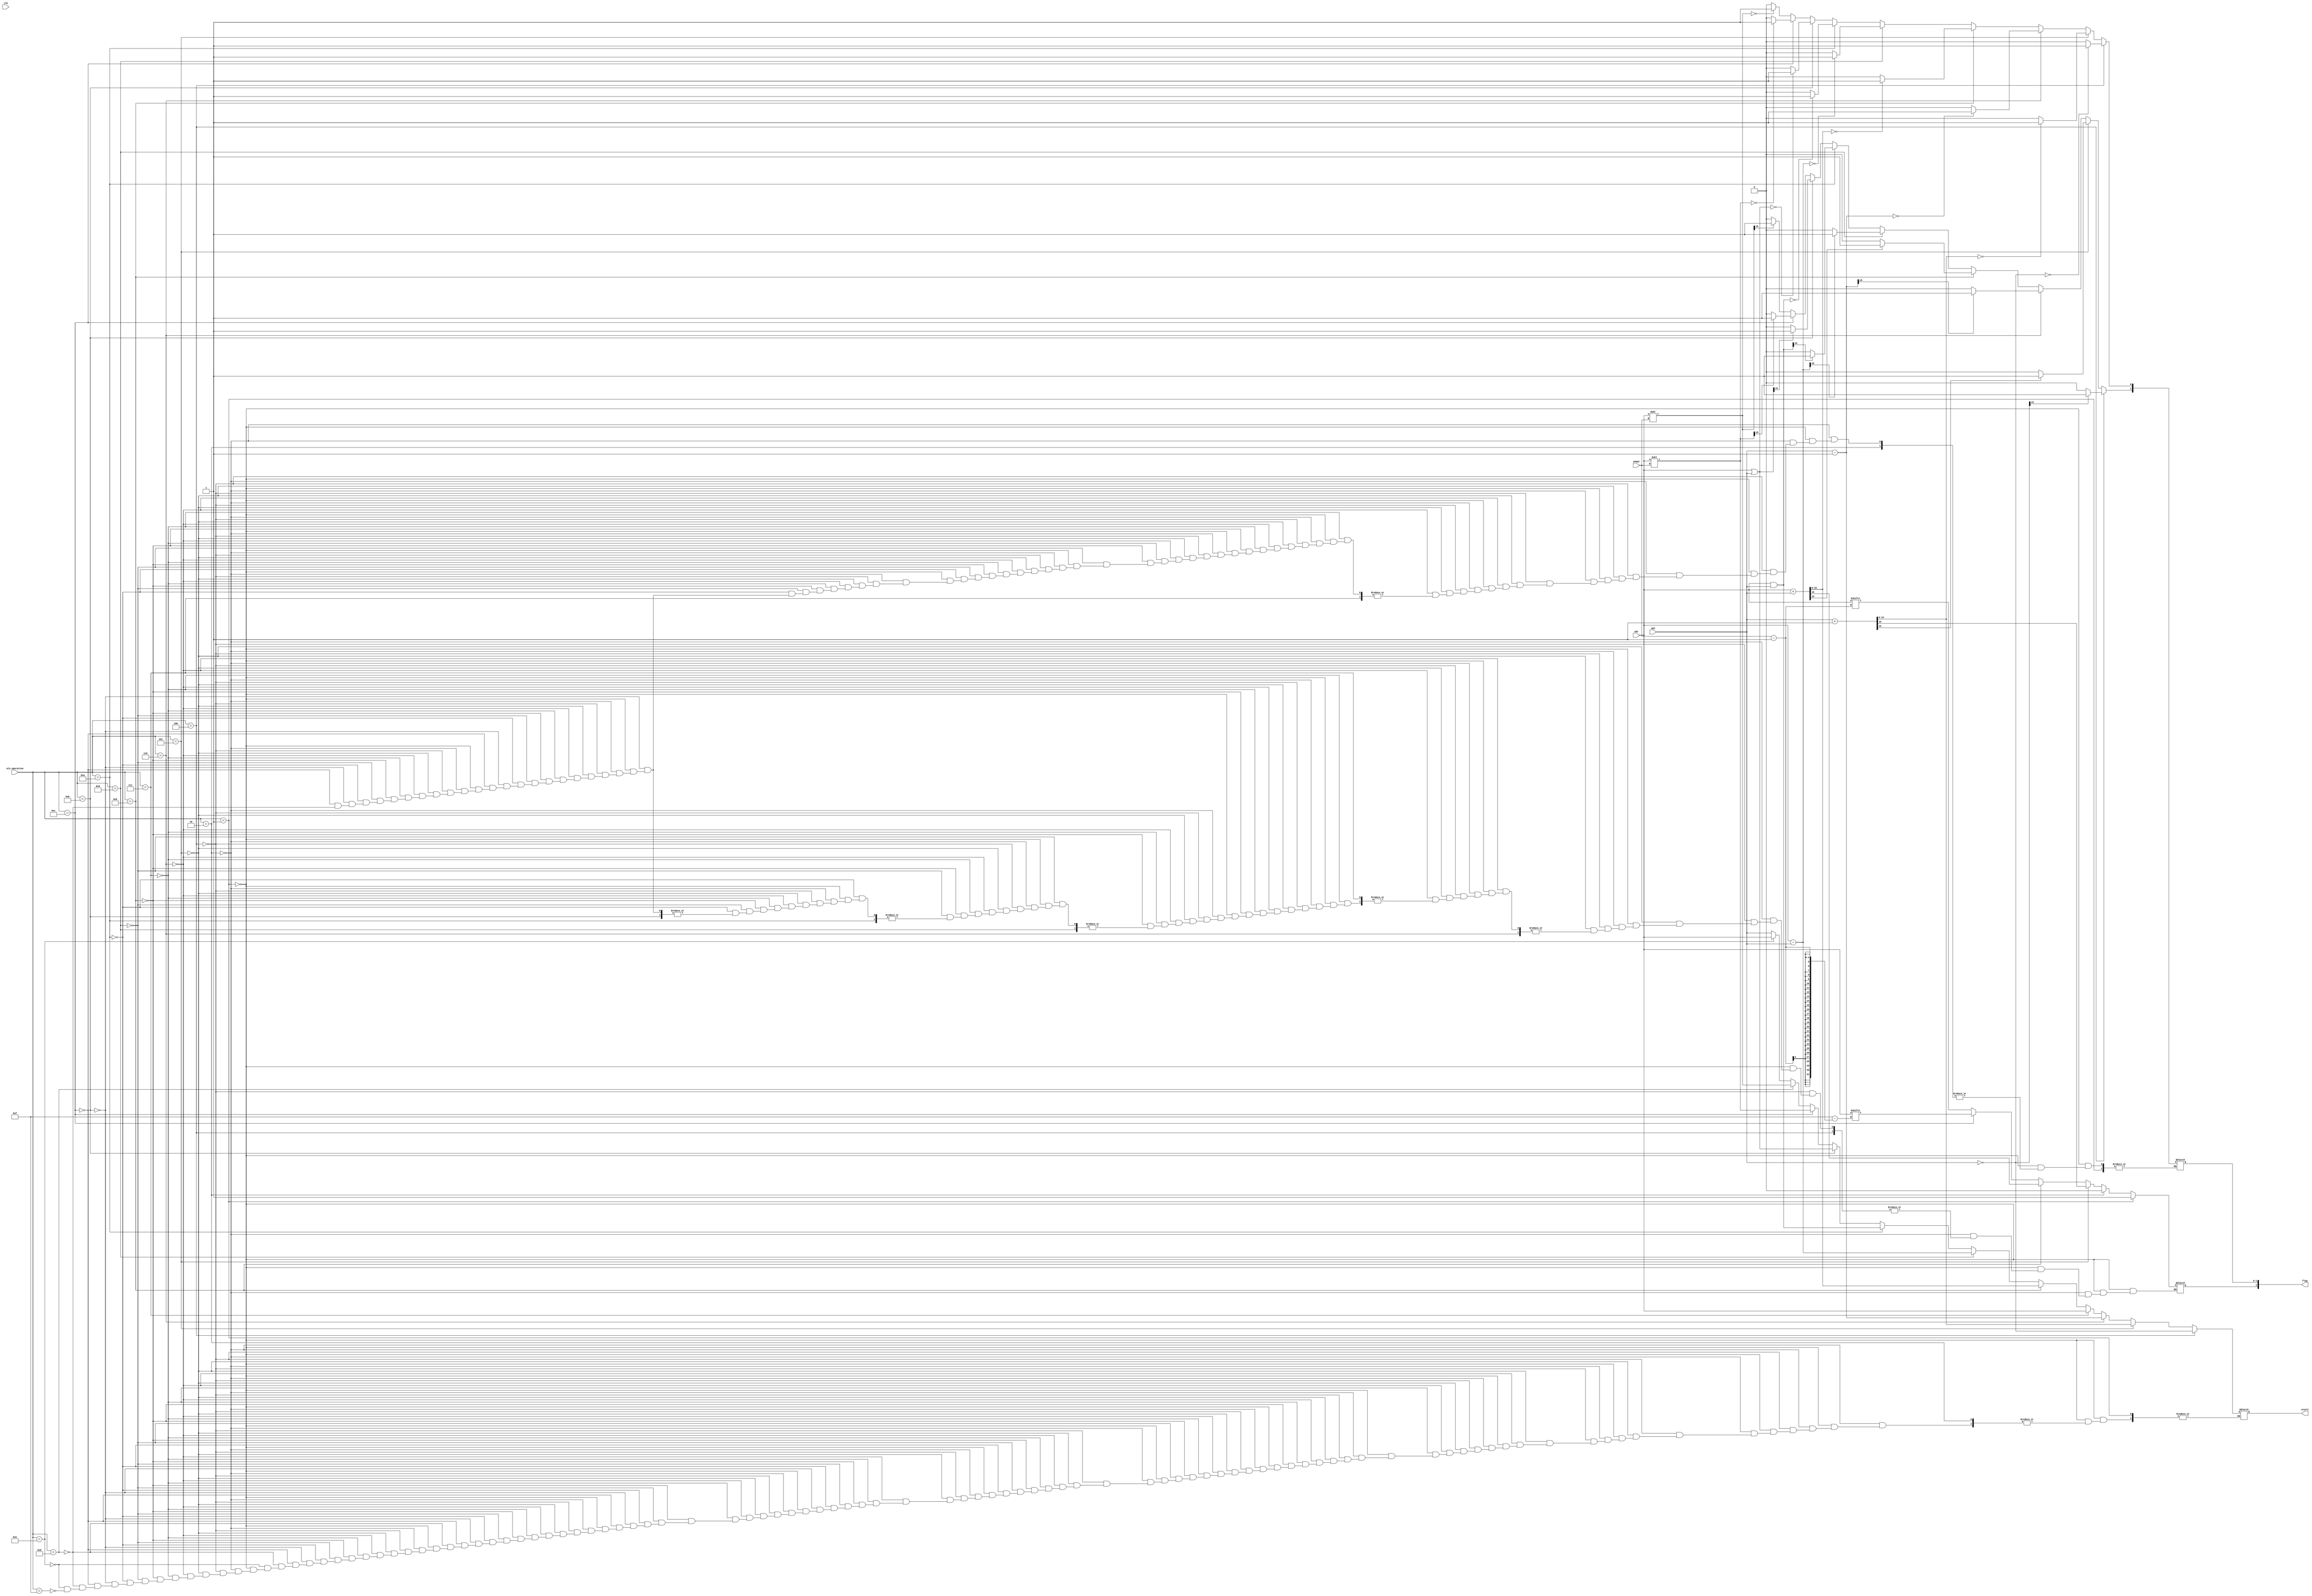


module alu(
    input [15:0] op1,
    input [15:0] op2,
    input [3:0]shamt,
    input [3:0] alu_operation,
    input clk,
    output reg [2:0] flag,//=0,
    output reg [15:0] result
    
    );

// always @(posedge clk)

//we make it * for writing in negative edge in buffer
always @(*)
begin
//------------------------------------- SETC ---------------------------------------//
if(alu_operation==4'b0001)
begin
flag[2] = 1'b1;
end
//------------------------------------- CLRC ---------------------------------------//
else if(alu_operation==4'b0010)
begin
flag[2] = 1'b0;
end
//------------------------------------- NOT ---------------------------------------//
else if(alu_operation==4'b0100)
begin
result= ~op2;

 flag[0]=(result==0)? 1:0;
 flag[1]=(result[15]==1)? 1:0;
end
//------------------------------------- INC ---------------------------------------//
else if(alu_operation==4'b0101)
begin
 {flag[2],result}= op2 + 1 ;
 
  flag[0]=(result==0)? 1:0;
 flag[1]=(result[15]==1)? 1:0;
end
//------------------------------------- DEC ---------------------------------------//
else if(alu_operation==4'b0110)
begin
result= op2 - 1 ;

 flag[0]=(result==0)? 1:0;
 flag[1]=(result[15]==1)? 1:0;
end
//------------------------------------- MOV ---------------------------------------//
else if(alu_operation==4'b0111)
begin
result=op1;
end
//------------------------------------- ADD ---------------------------------------//
else if(alu_operation==4'b1000)
begin
{flag[2],result}= op1 + op2;

 flag[0]=(result==0)? 1:0;
 flag[1]=(result[15]==1)? 1:0;
end
//------------------------------------- SUB ---------------------------------------//
else if(alu_operation==4'b1001)
begin
// result= op2 - op1;
result= op1 - op2 ;

 flag[0]=(result==0)? 1:0;
 flag[1]=(result[15]==1)? 1:0;
end
//------------------------------------- AND ---------------------------------------//
else if(alu_operation==4'b1010)
begin
 result= op1 & op2;
 
  flag[0]=(result==0)? 1:0;
 flag[1]=(result[15]==1)? 1:0;
end
//------------------------------------- OR ---------------------------------------//
else if(alu_operation==4'b1011)
begin
 result = op1 | op2;
 
  flag[0]=(result==0)? 1:0;
 flag[1]=(result[15]==1)? 1:0;
end
//------------------------------------- SHL ---------------------------------------//
else if(alu_operation==4'b1100)
begin
 result= op1 << shamt ;
flag[2]=op1[15-(shamt-1)];

 flag[0]=(result==0)? 1:0;
 flag[1]=(result[15]==1)? 1:0;
end
//------------------------------------- SHR ---------------------------------------//
else if(alu_operation==4'b1101)
begin
 result= op1 >> shamt ;
flag[2]=op1[(shamt-1)];

 flag[0]=(result==0)? 1:0;
 flag[1]=(result[15]==1)? 1:0;
end
// //------------------------------------- IN Or LDD Or STD ---------------------------------------//
else if(alu_operation==4'b1110) 
begin
result = op1 ; //assume op1 has the value of input port
end
//------------------------------------- OUT Or LDM ---------------------------------------//
else if(alu_operation==4'b1111)
begin
result = op2 ; //assume op2 has the value that will be stored in the output port
end

// //------------------------------------- NOP ---------------------------------------//
// else if(alu_operation==4'b0011)
// begin
// end

 // flag[0]=(result==0)? 1:0;
 // flag[1]=(result[15]==1)? 1:0;

end

endmodule